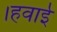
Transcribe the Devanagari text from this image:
।हवाई